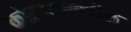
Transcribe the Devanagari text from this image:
कोठारामधील